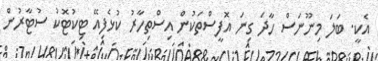
އެކީ. ބަލަ މިނޫނަސް ހާދަ ގިނަ އޮފީސްތަކުން އިސްތިހާރު ކުޅެފިއޭ ޓިިކުޓޮކު ސުޓާރުން